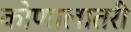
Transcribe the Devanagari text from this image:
कोणालातरी